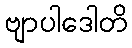
ဗျာပါဒေါတိ